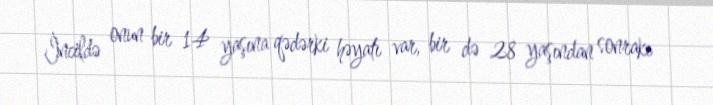
İncildə onun bir 14 yaşına qədərki həyatı var, bir də 28 yaşından sonrakı